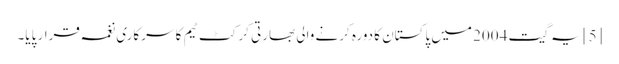
[5] یہ گیت 2004 میں پاکستان کا دورہ کرنے والی بھارتی کرکٹ ٹیم کا سرکاری نغمہ قرار پایا۔